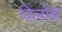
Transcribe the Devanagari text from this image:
विलोबे